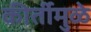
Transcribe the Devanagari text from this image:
कीर्तीमुळे